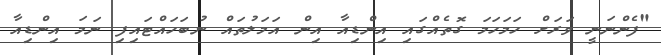
"ފެންނަނީ ވަރަށް ހަމަހަމަ ގޮތެއްގައި އިންޑިއާ އިން އަމަލުތައް ނުބަހައްޓައިފި ނަމަ އިންޑިއާ